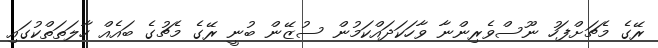
ރޭގެ މެޗަށްފަހު ނޫސްވެރިންނާ ވާހަކަދައްކަމުން ސުޒޭން ބުނީ ރޭގެ މެޗުގެ ބައެއް ހާލަތަތްކުގައި